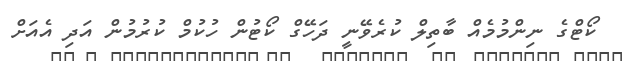
ކޯޓްގެ ނިންމުމެއް ބާތިލް ކުރެވޭނީ ދަހޭގް ކޯޓުން ހުކުމް ކުރުމުން އަދި އެއަށް